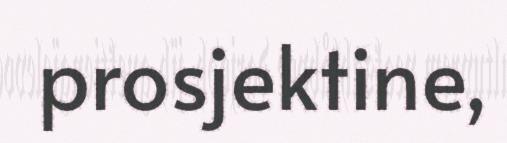
prosjektine,